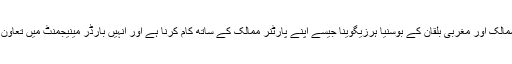
ہمیں دوسرے ممالک اور مغربی بلقان کے بوسنیا ہرزیگوینا جیسے اپنے پارٹنر ممالک کے ساتھ کام کرنا ہے اور انہیں بارڈر مینیجمنٹ میں تعاون فراہم کرنا ہے۔